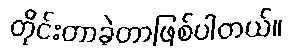
တိုင်းတာခဲ့တာဖြစ်ပါတယ်။